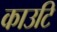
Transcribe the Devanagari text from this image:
काउटि